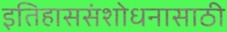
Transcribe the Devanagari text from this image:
इतिहाससंशोधनासाठी